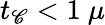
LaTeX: t_{\mathscr{C}}<1~\mu